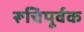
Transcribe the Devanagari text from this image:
रूचिपूर्वक